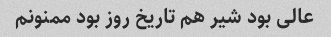
عالی بود شیر هم تاریخ روز بود ممنونم